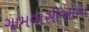
ગામવાસીઓના